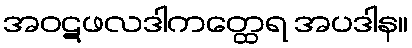
အဝဋဖလဒါကတ္ထေရ အပဒါန။